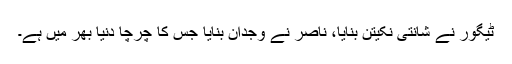
ٹیگور نے شانتی نکیتن بنایا، ناصر نے وجدان بنایا جس کا چرچا دنیا بھر میں ہے۔